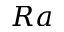
R a